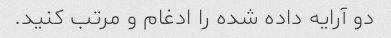
دو آرایه داده شده را ادغام و مرتب کنید.